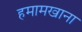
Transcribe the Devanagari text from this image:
हमामखाना